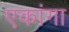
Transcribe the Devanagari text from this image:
एकांगा